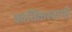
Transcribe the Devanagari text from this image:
कार्तिकस्‍वामी